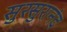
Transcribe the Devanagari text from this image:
सुरसुरानंद